Medical and sanitary report of the native army of Madras for the year
Year: 1876
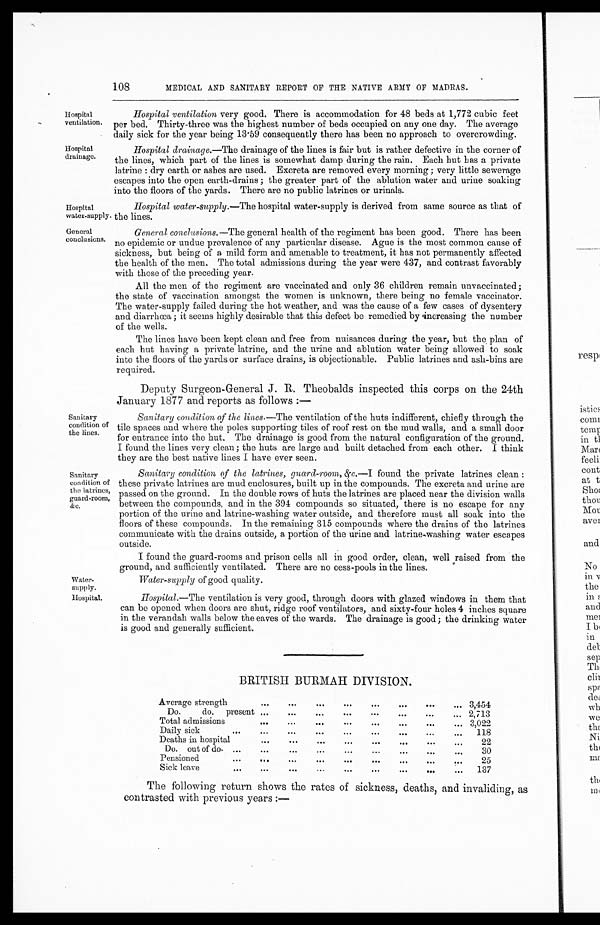
Hospital
ventilation.
Hospital
drainage.
Hospital
water-supply.
General
conclusions.
Sanitary
condition of
the lines.
Sanitary
condition of
the latrines,
guard-room,
&c.
Water-
supply.
Hospital.
108
MEDICAL AND SANITARY REPORT OF THE NATIVE ARMY OF MADRAS.
Hospital ventilation very good. There is accommodation for 48 beds at 1,772 cubic feet
per bed. Thirty-three was the highest number of beds occupied on any one day. The average
daily sick for the year being 13.59 consequently there has been no approach to overcrowding.
Hospital drainage .—The drainage of the lines is fair but is rather defective in the corner of
the lines, which part of the lines is somewhat damp during the rain. Each hut has a private
latrine : dry earth or ashes are used. Excreta are removed every morning ; very little sewerage
escapes into the open earth-drains ; the greater part of the ablution water and urine soaking
into the floors of the yards. There are no public latrines or urinals.
Hospital water-supply .—The hospital water-supply is derived from same source as that of
the lines.
General conclusions .—The general health of the regiment has been good. There has been
no epidemic or undue prevalence of any particular disease. Ague is the most common cause of
sickness, but being of a mild form and amenable to treatment, it has not permanently affected
the health of the men. The total admissions during the year were 437, and contrast favorably
with those of the preceding year.
All the men of the regiment are vaccinated and only 36 children remain unvaccinated;
the state of vaccination amongst the women is unknown, there being no female vaccinator.
The water-supply failed during the hot weather, and was the cause of a few cases of dysentery
and diarrhoea; it seems highly desirable that this defect be remedied by increasing the number
of the wells.
The lines have been kept clean and free from nuisances during the year, but the plan of
each hut having a private latrine, and the urine and ablution water being allowed to soak
into the floors of the yards or surface drains, is objectionable. Public latrines and ash-bins are
required.
Deputy Surgeon-General J. R. Theobalds inspected this corps on the 24th
January 1877 and reports as follows:—
Sanitary condition of the lines .—The ventilation of the huts indifferent, chiefly through the
tile spaces and where the poles supporting tiles of roof rest on the mud walls, and a small door
for entrance into the hut. The drainage is good from the natural configuration of the ground.
I found the lines very clean; the huts are large and built detached from each other. I think
they are the best native lines I have ever seen.
Sanitary condition of the latrines, guard-room,
&c.—I found the private latrines clean:
these private latrines are mud enclosures, built up in the compounds. The excreta and urine are
passed on the ground. In the double rows of huts the latrines are placed near the division walls
between the compounds, and in the 394 compounds so situated, there is no escape for any
portion of the urine and latrine-washing water outside, and therefore must all soak into the
floors of these compounds. In the remaining 315 compounds where the drains of the latrines
communicate with the drains outside, a portion of the urine and latrine-washing water escapes
outside.
I found the guard-rooms and prison cells all in good order, clean, well raised from the
ground, and sufficiently ventilated. There are no cess-pools in the lines.
Water-supply of good quality.
Hospital.—The ventilation is very good, through doors with glazed windows in them that
can be opened when doors are shut, ridge roof ventilators, and sixty-four holes 4 inches square
in the verandah walls below the eaves of the wards. The drainage is good ; the drinking water
is good and generally sufficient.
BRITISH BURMAH DIVISION.
Average strength
...
. . .
...
...
. • .
. . . . .
...
... 3,454
Do.
do. present ...
...
. . .
. . .
. . .
...
... 2,713
Total admissions
..
. . .
. . .
...
...
. . .
...
. . .
3,022
Daily sick
...
...
...
...
... . . .
....
...
118
Deaths in hospital
. . .
...
....
. . .
. . .
. . .
...
...
22
D o. out of do. ...
....
...
. . .
...
. . .
30
Pensioned
...
. . .
...
...
....
....
. . .
25
Sick leave
...
. . . . . .
. . .
. . .
...
...
. . .
. . .
137
The following return shows the rates of sickness, deaths, and invaliding, as
contrasted with previous years :—